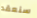
سنعقد